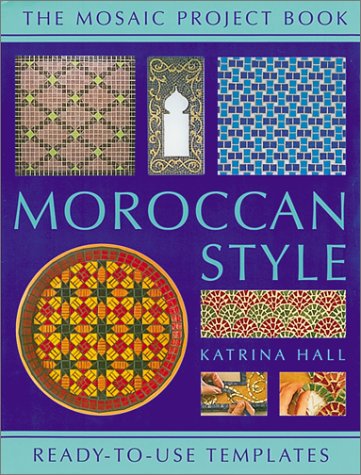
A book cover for Moroccan Style: Mosaic Project Book; Katrina Hall; Crafts, Hobbies & Home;